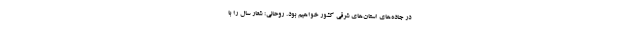
در جاده‌های استان‌های شرقی کشور خواهیم بود. روحانی: شعار سال را با